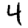
Digit: 4